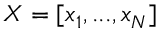
X = [ x _ { 1 } , . . . , x _ { N } ]